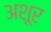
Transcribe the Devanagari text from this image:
अशूर